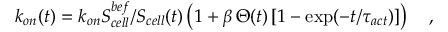
\begin{array} { r } { k _ { o n } ( t ) = k _ { o n } S _ { c e l l } ^ { b e f } / S _ { c e l l } ( t ) \left( 1 + \beta \, \Theta ( t ) \left[ 1 - \exp ( - t / \tau _ { a c t } ) \right] \right) \quad , } \end{array}